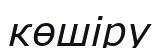
көшіру